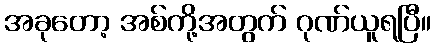
အခုတော့ အစ်ကို့အတွက် ဂုဏ်ယူရပြီ။